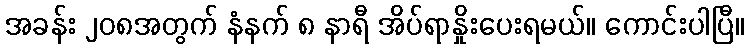
အခန်း ၂၀၈အတွက် နံနက် ၈ နာရီ အိပ်ရာနှိုးပေးရမယ်။ ကောင်းပါပြီ။